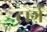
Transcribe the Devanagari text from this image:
टार्ग